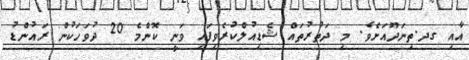
އާއި ގދ.ތިނަދޫއަށެވެ. މި ދަތުރުތައް ޝެޑިއުލްކުރެވިފައި ވަނީ ކޮންމެ 20 ދުވަހަކުން ރައުންޑު